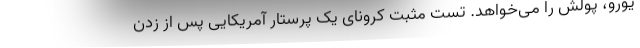
یورو، پولش را می‌خواهد. تست مثبت کرونای یک پرستار آمریکایی پس از زدن